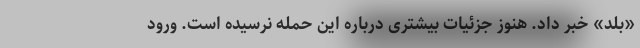
«بلد» خبر داد. هنوز جزئیات بیشتری درباره این حمله نرسیده است. ورود